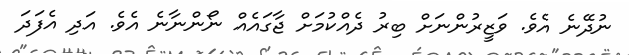
ނުދޭނެ އެވެ. ވަޒީރުންނަށް ބިރު ދެއްކުމަށް ޖާގައެއް ނޯންނާނެ އެވެ. އަދި އެފަދަ